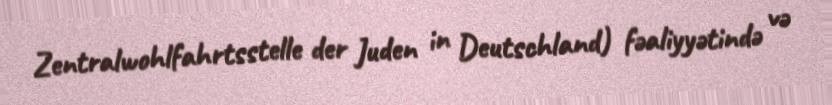
Zentralwohlfahrtsstelle der Juden in Deutschland) fəaliyyətində və